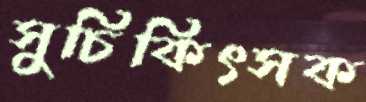
সুচিকিৎসক